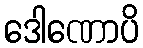
ဒေါဏောပိ